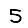
Digit: 5